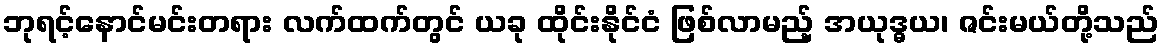
ဘုရင့်နောင်မင်းတရား လက်ထက်တွင် ယခု ထိုင်းနိုင်ငံ ဖြစ်လာမည့် အယုဒ္ဓယ၊ ဇင်းမယ်တို့သည်